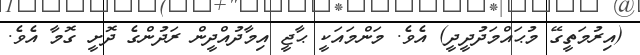
(އިރުމަތީގޭ މުޙައްމަދުދީދީ) އެވެ. މަންމައަކީ ޙާޖީ އިމާދުއްދީން ރަދުންގެ ދޮށީ ގޮމާ އެވެ.